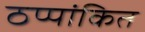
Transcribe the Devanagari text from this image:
ठप्पांकित